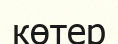
көтер